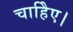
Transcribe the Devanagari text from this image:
चाहिेए।